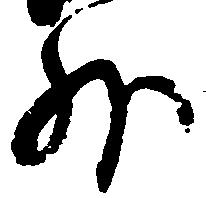
外